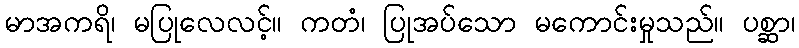
မာအကရိ၊ မပြုလေလင့်။ ကတံ၊ ပြုအပ်သော မကောင်းမှုသည်။ ပစ္ဆာ၊